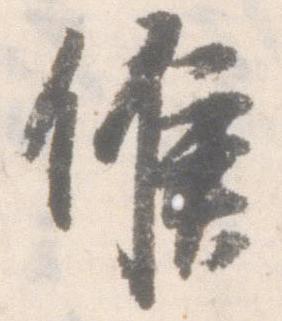
候